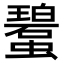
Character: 𧓮